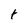
Character: t